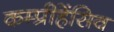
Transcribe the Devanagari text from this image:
कम्प्रीहेंसिव